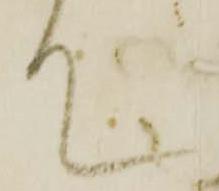
て